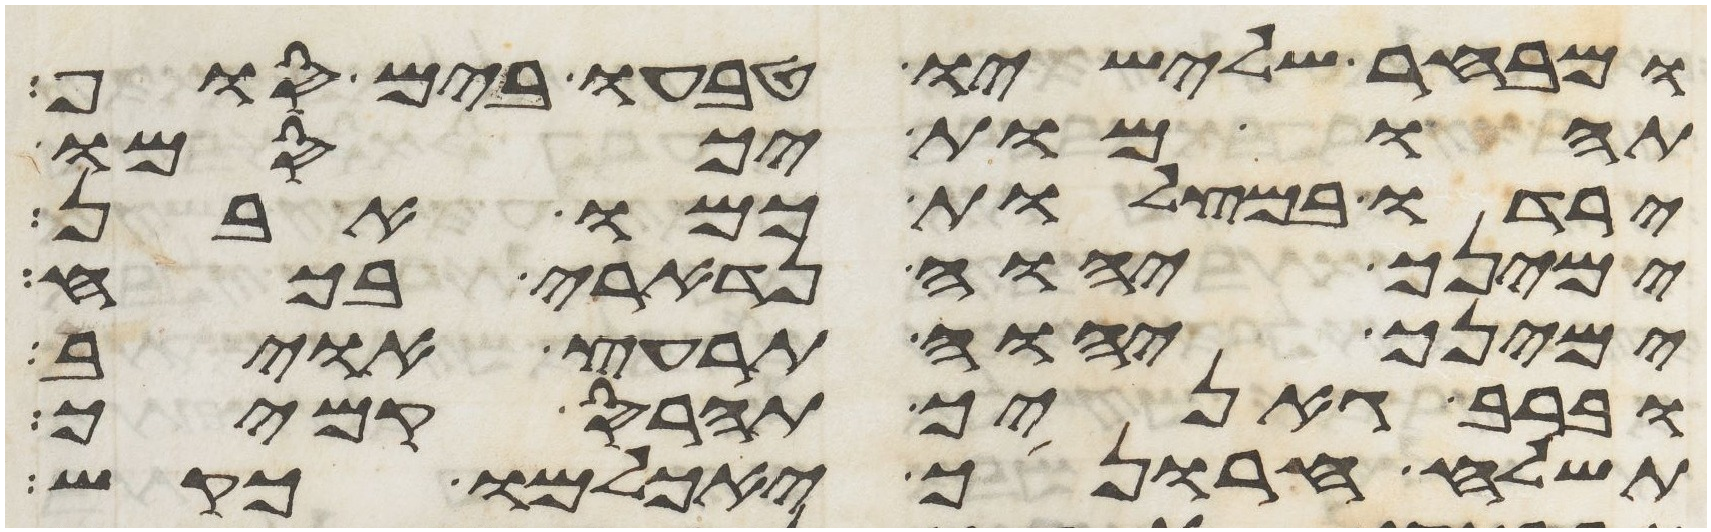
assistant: ומבחר שלישיו טבעו בים סוף
תהומות יכסמו
ירדו במצלות כמו אבן
ימינך יהוה נדארי בכח
ימינך יהוה תרעץ אויב
וברב גאניך תהרס קמיך
תשלח חרונך יאכלמו כקש